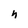
Character: n